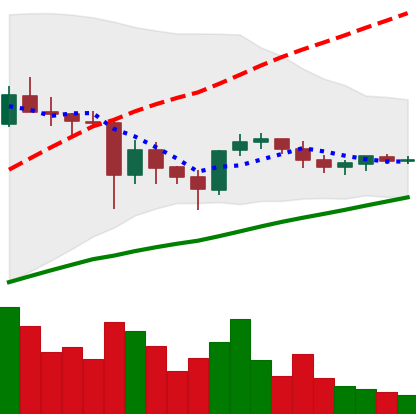
Ticker: ETC-USD
Chart end date: 2021-06-02
Forward return: -15.399%
Label: down_7plus